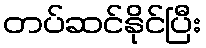
တပ်ဆင်နိုင်ပြီး